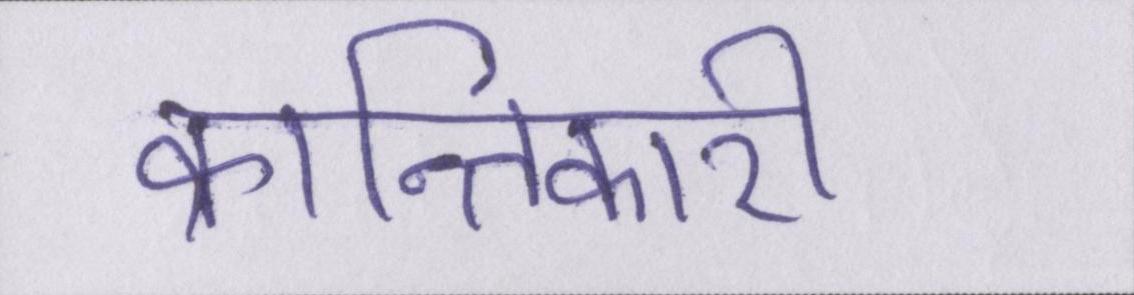
क्रान्तिकारी